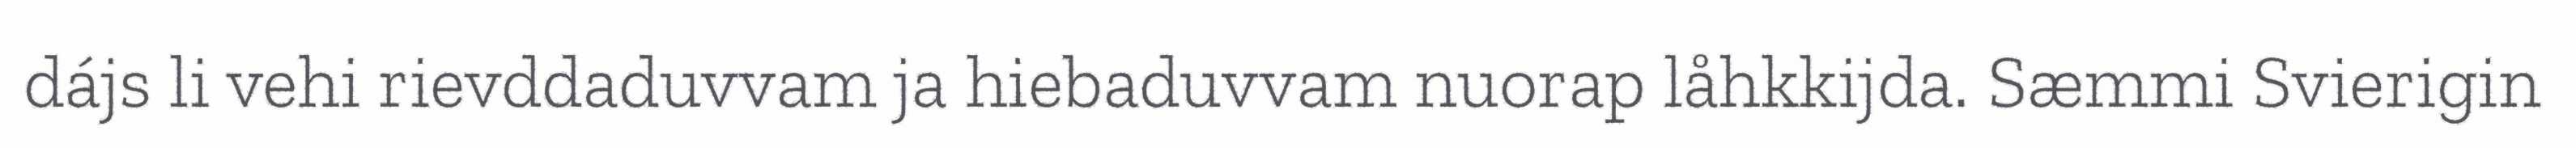
dájs li vehi rievddaduvvam ja hiebaduvvam nuorap låhkkijda. Sæmmi Svierigin